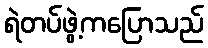
ရဲတပ်ဖွဲ့ကပြောသည်